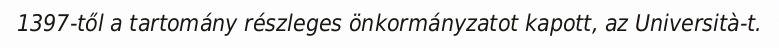
1397-től a tartomány részleges önkormányzatot kapott, az Università-t.